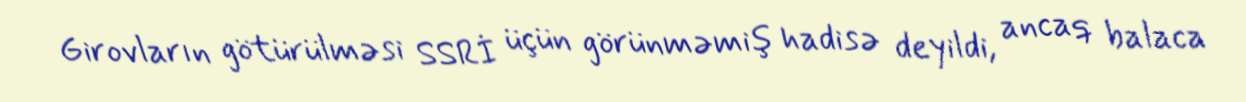
Girovların götürülməsi SSRİ üçün görünməmiş hadisə deyildi, ancaq balaca